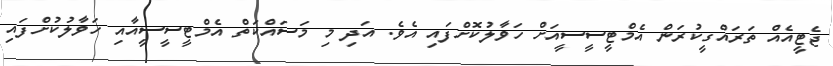
ޖެޓީއެއް ތަރައްގީކުރަން އެމްޓީސީސީއަށް ހަވާލުކޮށްފައި އެވެ. އަދި މި މަސައްކަތް އެމްޓީސީސީއާއި ހަވާލުކުށްފައި